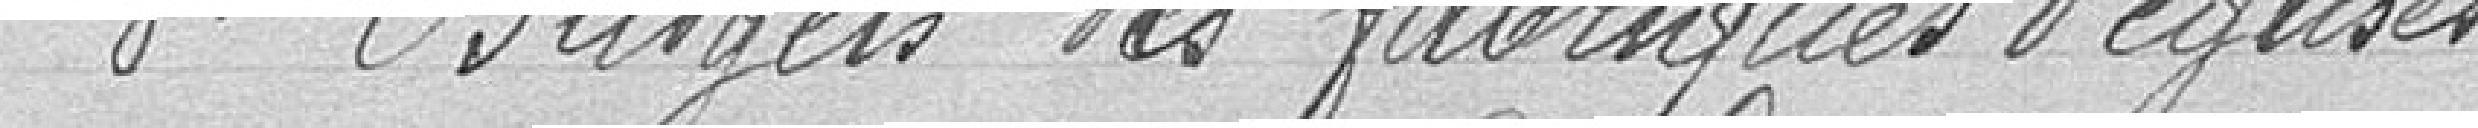
3° Budgets des fabriques d'églises